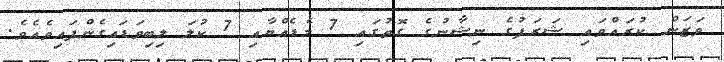
ވަޒަން ކުރައްވައި ޝަރަފުގެ ނިޝާނުގެ ގޮތުގައި 7 މެޑެއްޔާއި 7 ކުލަ ލިބިވަޑައިގެންފައިވެއެވެ.